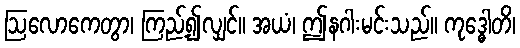
ဩလောကေတွာ၊ ကြည့်၍လျှင်။ အယံ၊ ဤနဂါးမင်းသည်။ ကုဒ္ဓေါတိ၊